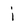
Character: i